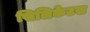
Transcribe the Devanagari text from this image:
सिलिकेटस